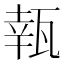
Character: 㼬